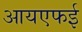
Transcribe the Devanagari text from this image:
आयएफई